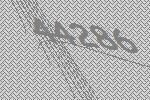
44286